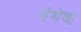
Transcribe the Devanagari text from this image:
नेगेव्ह